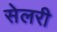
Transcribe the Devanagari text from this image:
सेलरी